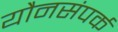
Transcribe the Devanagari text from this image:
यौनसंपर्क